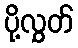
ပို့လွှတ်